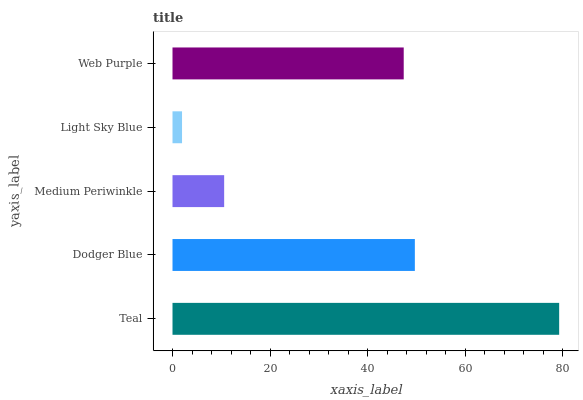
| yaxis_label | bars |
 | --- | --- |
 | Teal | 79.3 |
 | Dodger Blue | 49.7 |
 | Medium Periwinkle | 10.6 |
 | Light Sky Blue | 1.96 |
 | Web Purple | 47.4 |